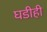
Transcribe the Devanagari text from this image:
घडीही